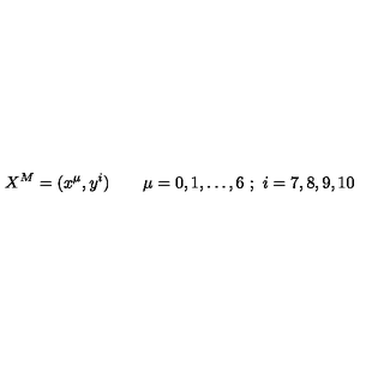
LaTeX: X ^ { M } = ( x ^ { \mu } , y ^ { i } ) \qquad \mu = 0 , 1 , \ldots , 6 \ ; \ i = 7 , 8 , 9 , 1 0